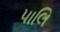
પાલિ